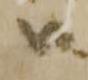
ハ